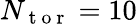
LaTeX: N_{\mathrm{~t~o~r~}}=10